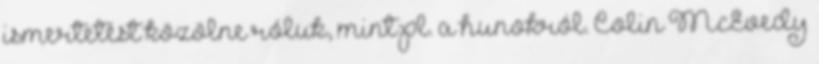
ismertetést közölne róluk, mint pl. a hunokról. Colin McEvedy